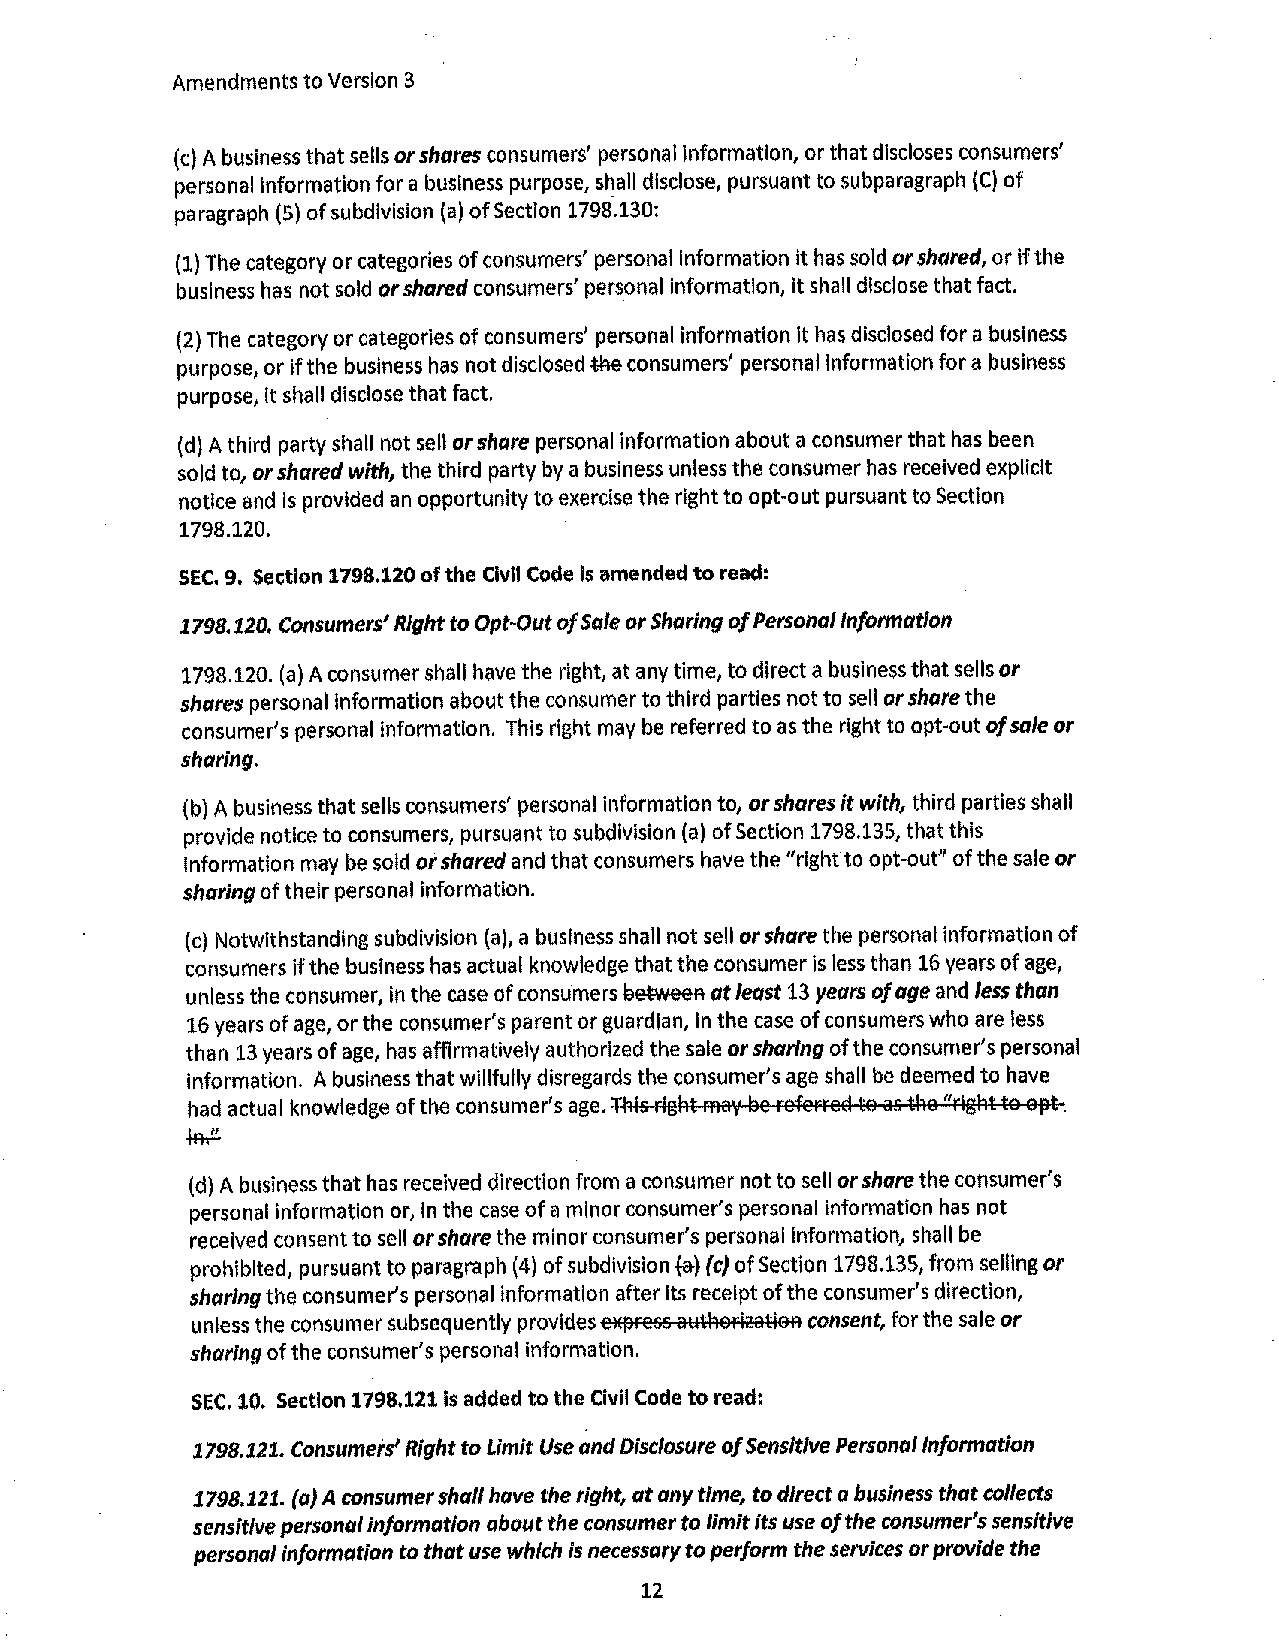
Amendments to Version 3
 (c) A business that sells or shares consumers' personal Information, or that discloses consumers'
 personal Information for a business purpose, shall disclose, pursuant to subparagraph (C) of
 paragraph (5) of subdivision (a) of Section 1798.130:
 (1) The category or categories of consumers' personal information it has sold or shared, or if the
 business has not sold or shared consumers' personal information, it shall disclose that fact.
 (2) The category or categories of consumers' personal information It has disclosed for a business
 purpose, or if the business has not disclosed tile consumers' personal Information for a business
 purpose, It shall disclose that fact.
 (d) A third party shall not sell or share personal information about a consumer that has been
 sold to, or shared with, the third party by a business unless the consumer has received explicit
 notice and Is provided an opportunity to exercise the right to opt-out pursuant to Section
 1798.120.
 SEC. 9. Section 1798.120 of the Civil Code Is amended to read:
 1798.120, Consumers' Right to Opt-Out of Sale or Sharing of Personal Information
 1798.120. (a) A consumer shall have the right, at any time, to direct a business that sells or
 shares personal Information about the consumer to third parties not to sell or share the
 consumer's personal information. This right may be referred to as the right to opt-out of sale or
 sharing.
 (bl A business that sells consumers' personal Information to, or shares It with, third parties shall
 provide notice to consumers, pursuant to subdivision (a) of Section 1798.135, that this
 information may be sold or shared and that consumers have the "right to opt-out" of the sale or
 sharing of their personal information.
 (c) Notwithstanding subdivision (a), a business shall not sell or share the personal information of
 consumers if the business has actual knowledge that the consumer is less than 16 years of age,
 unless the consumer, In the case of consumers aetweeR at least 13 years of age and less than
 16 years of age, or the consumer's parent or guardian, In the case of consumers who are less
 than 13 years of age, has affirmatively authorized the sale or sharing of the consumer's personal
 information. A business that willfully disregards the consumer's age shall be deemed to have
 had actual knowledge of the consumer's age, TMs Figiclt FAa~• Ile FefeFFea to as ticle "rlgi'!t to OJ!t.
 ~
 (d) A business that has received direction from a consumer not to sell or share the consumer's
 personal information or, in the case of a minor consumer's personal information has not
 received consent to sell or share the minor consumer's personal Information, shall be
 prohibited, pursuant to paragraph (4) of subdivision W (c) of Section 1798.135, from selling or
 sharing the consumer's personal information after Its receipt of the consumer's direction,
 unless the consumer subsequently provides eiq~rnss awticloFi~atioo consent, for the sale or
 sharing of the consumer's personal information.
 SEC, 10, Section 1798.121 is added to the Civil Code to read:
 1798.121. Consumers' Right to Limit Use and Disclosure of Sensitive Personal Information
 1798.121. (a} A consumer shall hove the right, at any time, to direct a business that collects
 sensitive personal information about the consumer to limit its use of the consumer's sensitive
 personal information to that use which is necessary to perform the services or provide the
 12